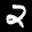
Label: 2